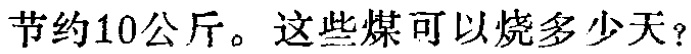
节约10公斤。这些煤可以烧多少天？